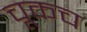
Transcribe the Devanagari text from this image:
चूकच